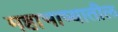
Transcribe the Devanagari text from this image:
महाभाष्यातील